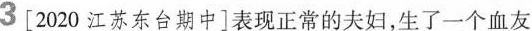
3[2020江苏东台期中]表现正常的夫妇，生了一个血友